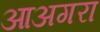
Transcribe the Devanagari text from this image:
आअगरा